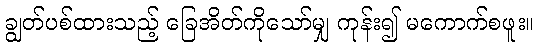
ချွတ်ပစ်ထားသည့် ခြေအိတ်ကိုသော်မျှ ကုန်း၍ မကောက်စဖူး။